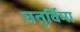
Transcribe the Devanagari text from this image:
चतुर्विमा